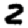
Digit: 2